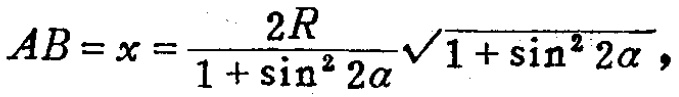
\(AB = x = \frac{2R}{1 + \sin^{2} 2\alpha}\sqrt{1 + \sin^{2} 2\alpha},\)